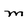
Character: m